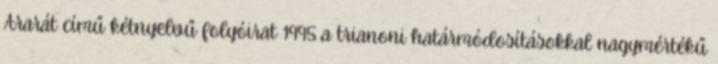
Ararát című kétnyelvű folyóirat 1995 a trianoni határmódosításokkal nagymértékű